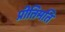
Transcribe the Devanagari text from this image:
प्रीतिमति